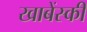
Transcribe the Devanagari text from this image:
खाबेंस्की